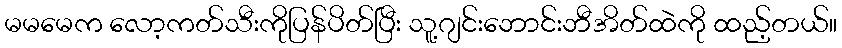
မမမေက လော့ကတ်သီးကိုပြန်ပိတ်ပြီး သူ့ဂျင်းဘောင်းဘီအိတ်ထဲကို ထည့်တယ်။